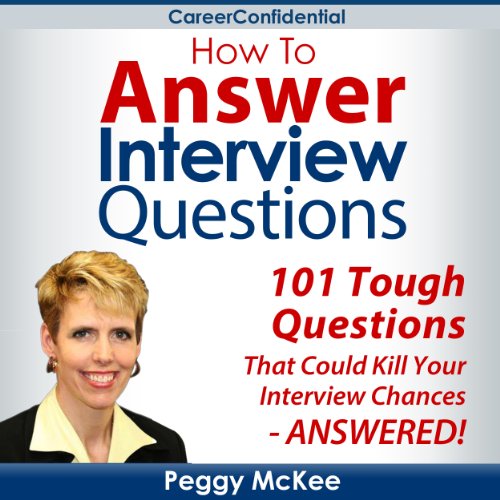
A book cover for How to Answer Interview Questions; Peggy McKee; Business & Money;